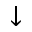
\downarrow